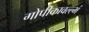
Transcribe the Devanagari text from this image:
गोपीकावल्ल्भं